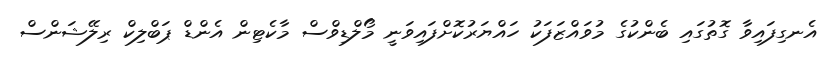
އެނގިފައިވާ ގޮތުގައި ބެންކުގެ މުވައްޒަފަކު ހައްޔަރުކޮށްފައިވަނީ މޯލްޑިވްސް މާކެޓިން އެންޑް ޕަބްލިކް ރިލޭޝަންސް